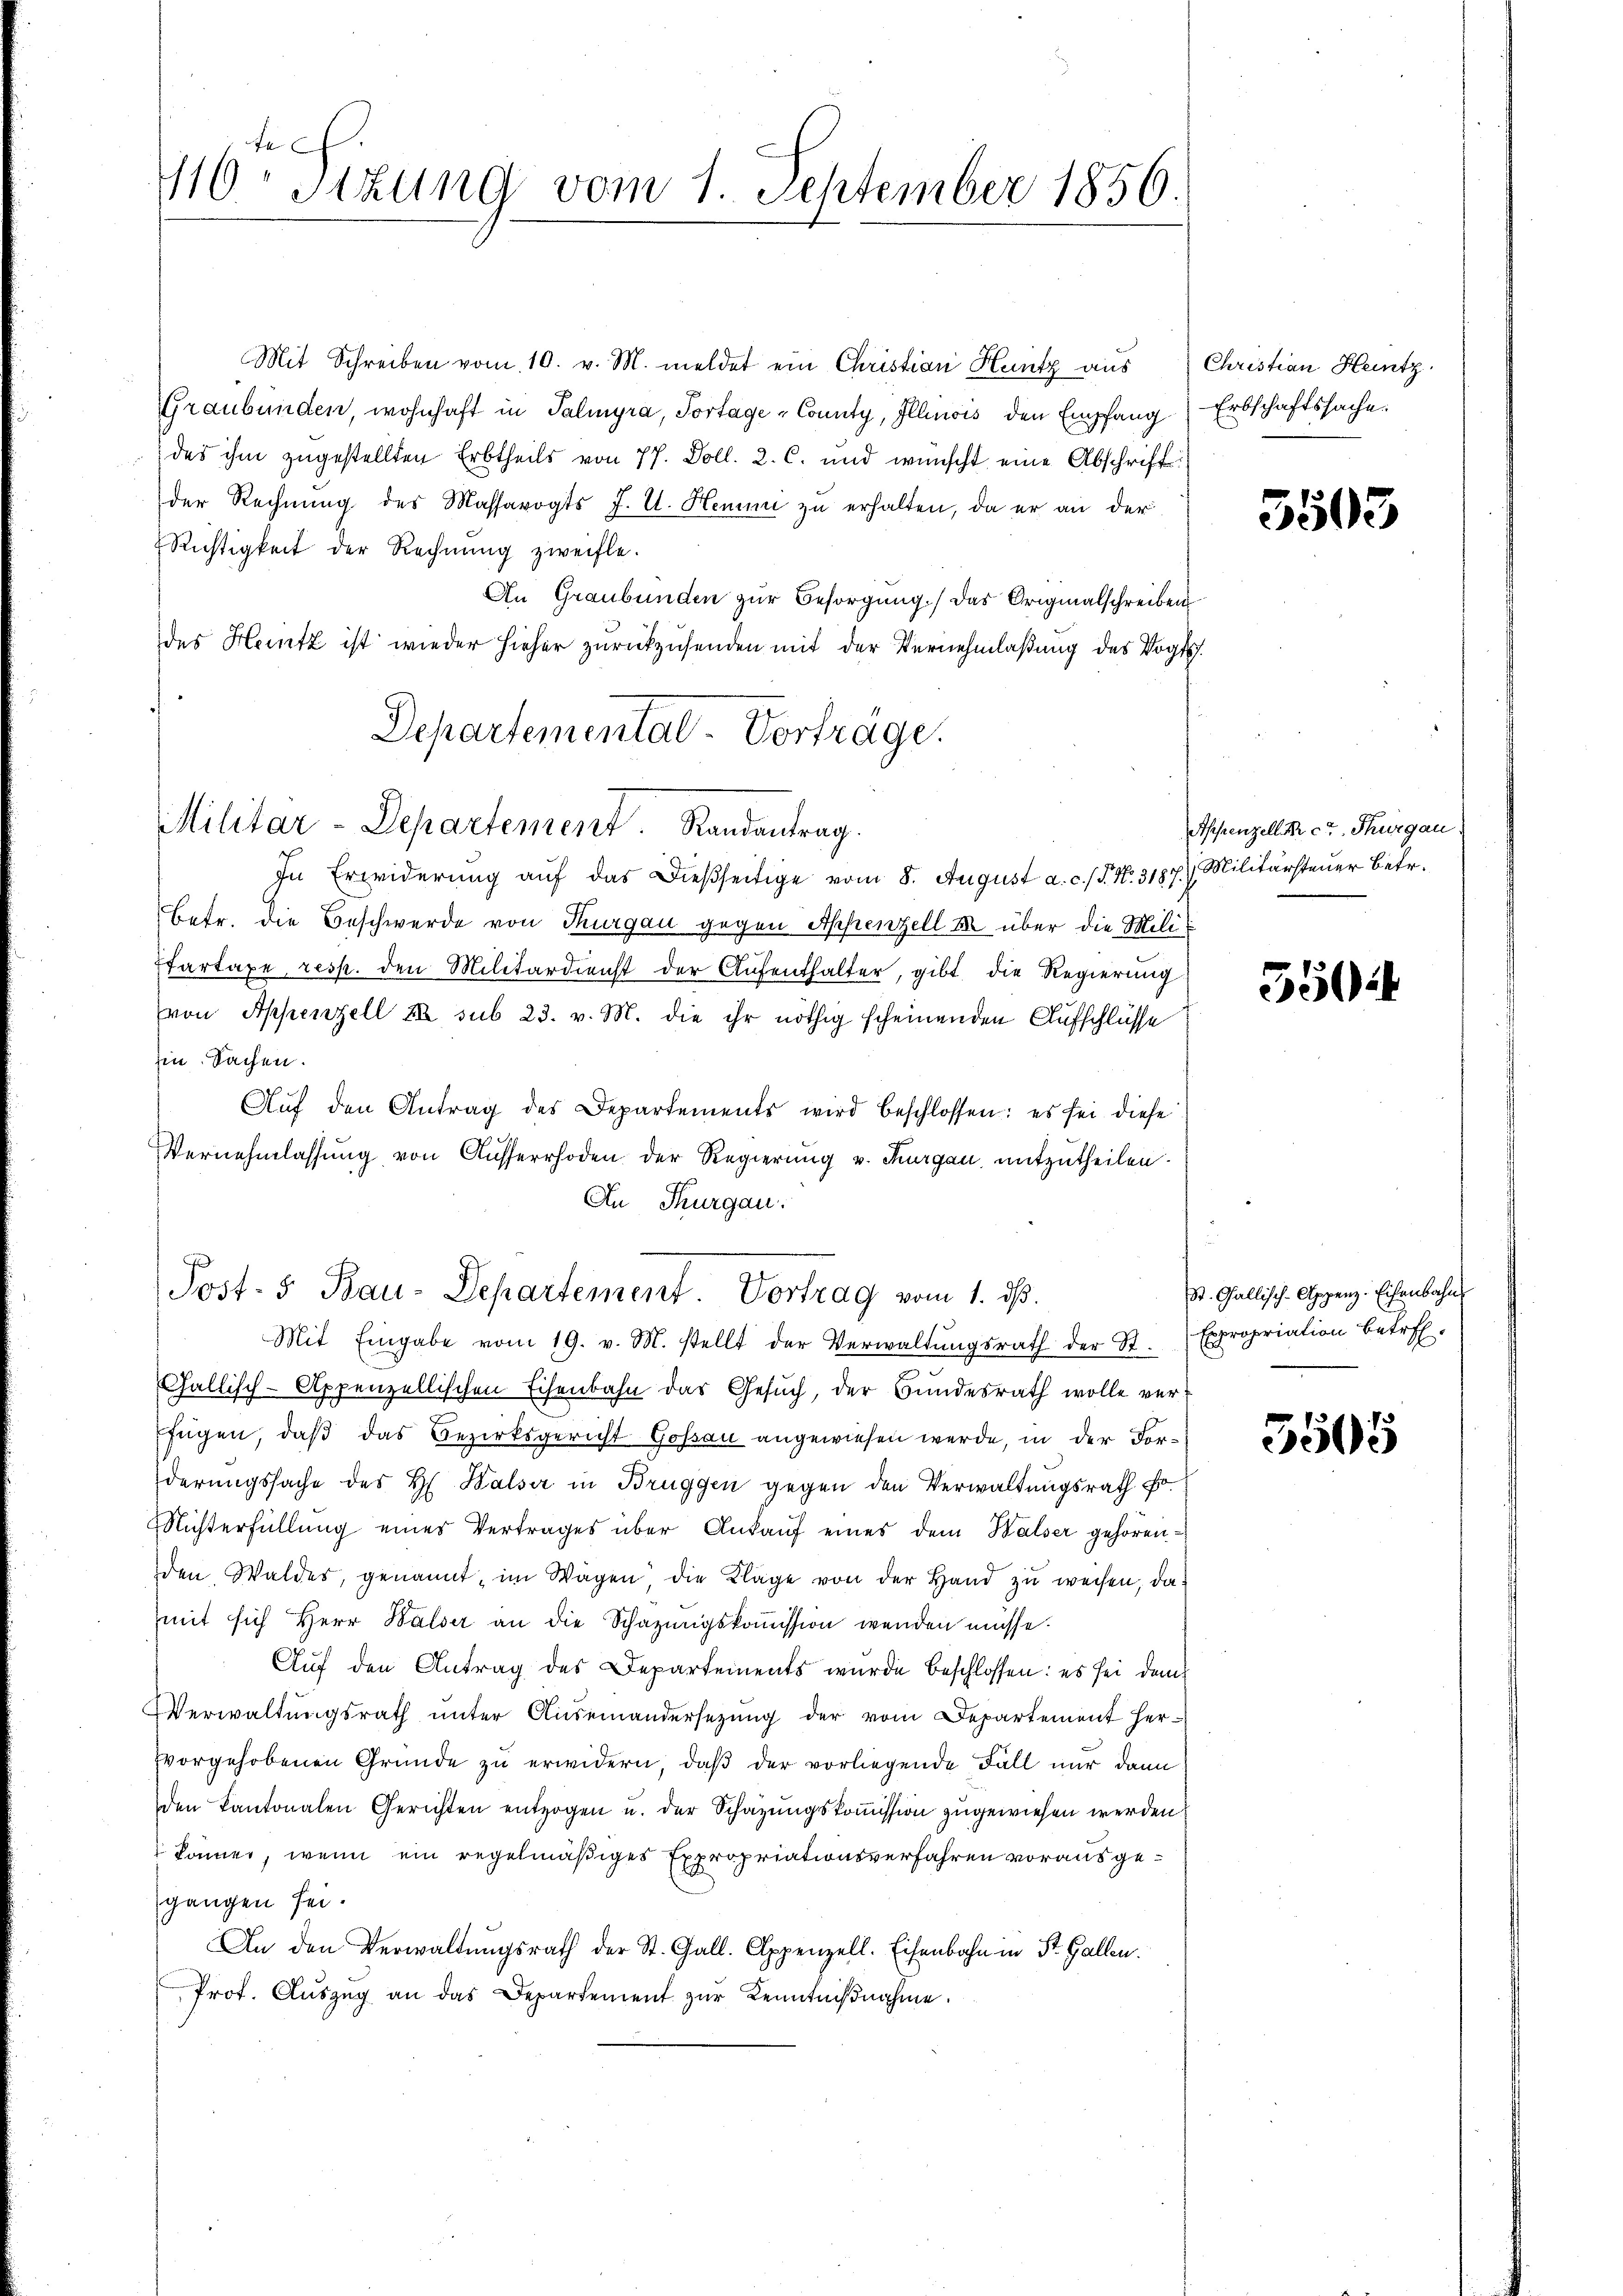
Fe
116. Sitzung vom 1. September 1856.

Mit Schreiben vom 10. v. M. meldet ein Christian Hantz aus
GGraubünden, wohnhaft in Salinyra, Portage -County, Illinois den Empfang
des ihm zugestellten Erbtheils von 77. Doll. 2. C. und wünscht eine Abschrift
der Rechnung des Massavogts J. U. Hemmi zu erhalten, da er an der
Richtigkeit der Rechnŭng zweifle.
An Graubünden zur Besorgung.) Das Originalschreiben
des Heitz ist wieder hieher zurückzusenden mit der Vernehmlaßung des Vogts.
In Erwiderung auf das dießseitige vom 8. August a. c. (T. N. 3187. Militärsteuer Betr.
Betr. die Beschwerde von Thurgau gegen Appenzell M. über die Mili¬
Etartaxe, resp. den Militärdienst der Aufenthalter, gibt die Regierung
(von Appenzell III sub 23. v. M. die ihr nöthig scheinenden Aufschlüsse
Ein Sachen.
Aŭf den Antrag des Departements wird beschlossen: es sei diese
Vernehmlassung von Ausserrhoden der Regierung v. Thurgau, mitzutheilen.
An Thurgau.
Post- 5. Bau-Departement. Vortrag vom 1. ds.
Mit Eingabe vom 19. v. M. stellt der Verwaltŭngsrath der St. Expropriation betref-
Gallisch-Appenzellischen Eisenbahn das Gesŭch, der Bŭndesrath wolle ver-
fügen, daß das Bezirksgericht Gossau angewiesen werde, in der Forderungssache des H. Halser in Bruggen gegen den Verwaltungsrath Fo¬
Michterfüllung eines Vertrages über Ankauf eines dem Walser gehörenden Waldes, genannt, im Wagen, die Kläge von der Hand zu weisen, da
mit sich Herr Balser an die Schazungskoṁission wenden müsse.
Auf den Antrag des Departements wurde beschlossen: es sei dem
Verwaltungsrath unter Auseinandersezung der vom Departement Hervorgehobenen Gründe zu erwidern, daß der vorliegende Fall nur dann
den Kantonalen Gerichten entzogen u. der Schazungskoṁission zugewiesen werden
 können, wenn ein regelmäßiges Expropriationsverfahren vorausgegangen sei.
An den Verwaltŭngsrath der St. Gall. Appenzell. Eisenbahn in St. Gallen.
Prot. Aŭszŭg an das Departement zŭr Kenntniβnahme.

Departemental-Vorträge.
Militar-Departement. Randantrag.

Christian Heintz.
Erbschaftssache.

5503

Appenzelli cr. Thurgau

550

St. Gallisch-Appenz. Eisenbahn

5505